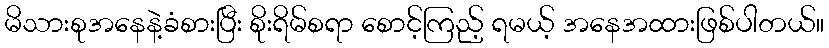
မိသားစုအနေနဲ့ခံစားပြီး စိုးရိမ်စရာ စောင့်ကြည့် ရမယ့် အနေအထားဖြစ်ပါတယ်။